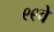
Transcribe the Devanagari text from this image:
९९वे